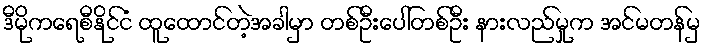
ဒီမိုကရေစီနိုင်ငံ ထူထောင်တဲ့အခါမှာ တစ်ဦးပေါ်တစ်ဦး နားလည်မှုက အင်မတန်မှ